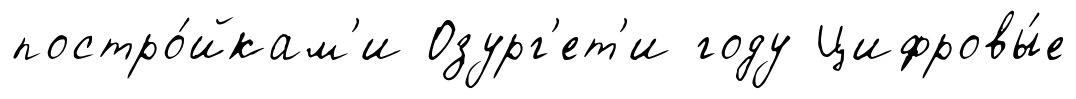
постро́йкам'и Озург'ет'и году Цифровы́е